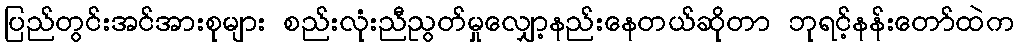
ပြည်တွင်းအင်အားစုများ စည်းလုံးညီညွတ်မှုလျှော့နည်းနေတယ်ဆိုတာ ဘုရင့်နန်းတော်ထဲက